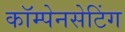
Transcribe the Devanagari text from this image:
कॉम्पेनसेटिंग